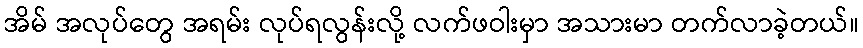
အိမ် အလုပ်တွေ အရမ်း လုပ်ရလွန်းလို့ လက်ဖဝါးမှာ အသားမာ တက်လာခဲ့တယ်။